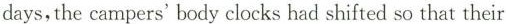
days,the campers' body clocks had shifted so that their